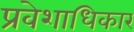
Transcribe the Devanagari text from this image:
प्रवेशाधिकार